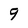
Character: 9